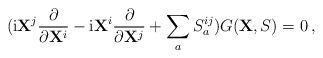
LaTeX: \begin{align*}({\rm i}{\bf X}^j\frac{\partial}{\partial {\bf X}^i}-{\rm i}{\bf X}^i\frac{\partial}{\partial {\bf X}^j}+\sum_a S_a^{ij})G({\bf X},S)=0\,,\end{align*}